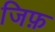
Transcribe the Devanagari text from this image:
जिफ़